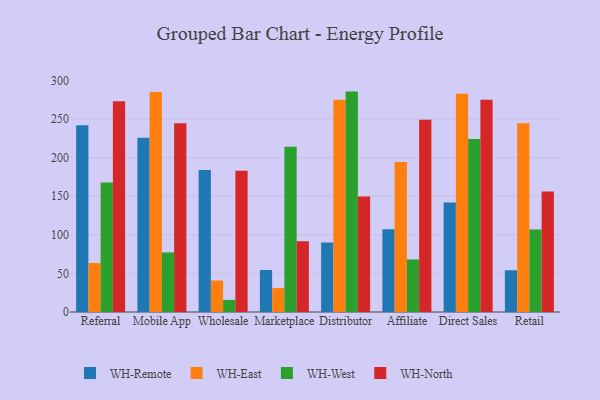
{"axis": {"x": "Channel", "y": "Revenue (USD Million)"}, "legend": ["WH-East", "WH-North", "WH-Remote", "WH-West"], "data": [{"x": "Referral", "y": 242.0, "type": "WH-Remote"}, {"x": "Referral", "y": 63.5, "type": "WH-East"}, {"x": "Referral", "y": 168.0, "type": "WH-West"}, {"x": "Referral", "y": 273.3, "type": "WH-North"}, {"x": "Mobile App", "y": 225.8, "type": "WH-Remote"}, {"x": "Mobile App", "y": 285.2, "type": "WH-East"}, {"x": "Mobile App", "y": 77.2, "type": "WH-West"}, {"x": "Mobile App", "y": 244.8, "type": "WH-North"}, {"x": "Wholesale", "y": 184.1, "type": "WH-Remote"}, {"x": "Wholesale", "y": 40.8, "type": "WH-East"}, {"x": "Wholesale", "y": 15.7, "type": "WH-West"}, {"x": "Wholesale", "y": 183.2, "type": "WH-North"}, {"x": "Marketplace", "y": 54.4, "type": "WH-Remote"}, {"x": "Marketplace", "y": 31.0, "type": "WH-East"}, {"x": "Marketplace", "y": 214.1, "type": "WH-West"}, {"x": "Marketplace", "y": 91.6, "type": "WH-North"}, {"x": "Distributor", "y": 90.0, "type": "WH-Remote"}, {"x": "Distributor", "y": 275.1, "type": "WH-East"}, {"x": "Distributor", "y": 285.7, "type": "WH-West"}, {"x": "Distributor", "y": 149.6, "type": "WH-North"}, {"x": "Affiliate", "y": 107.2, "type": "WH-Remote"}, {"x": "Affiliate", "y": 194.4, "type": "WH-East"}, {"x": "Affiliate", "y": 68.1, "type": "WH-West"}, {"x": "Affiliate", "y": 249.1, "type": "WH-North"}, {"x": "Direct Sales", "y": 142.1, "type": "WH-Remote"}, {"x": "Direct Sales", "y": 283.0, "type": "WH-East"}, {"x": "Direct Sales", "y": 224.4, "type": "WH-West"}, {"x": "Direct Sales", "y": 275.2, "type": "WH-North"}, {"x": "Retail", "y": 54.1, "type": "WH-Remote"}, {"x": "Retail", "y": 244.8, "type": "WH-East"}, {"x": "Retail", "y": 106.8, "type": "WH-West"}, {"x": "Retail", "y": 156.2, "type": "WH-North"}]}